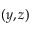
( y , z )